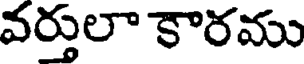
వర్తులా కారము